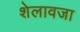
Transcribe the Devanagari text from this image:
शेलावजा